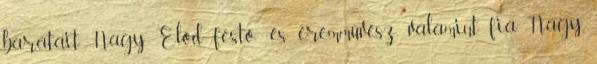
barátait Nagy Előd festő- és éremművész, valamint fia Nagy